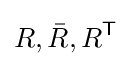
R,{\bar {R}},R^{\textsf {T}}